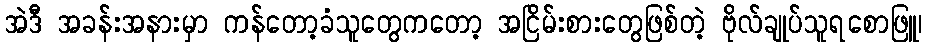
အဲဒီ အခန်းအနားမှာ ကန်တော့ခံသူတွေကတော့ အငြိမ်းစားတွေဖြစ်တဲ့ ဗိုလ်ချုပ်သူရစောဖြူ၊